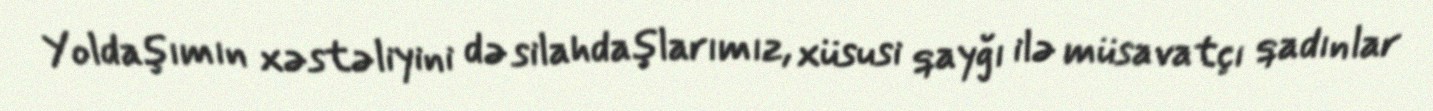
Yoldaşımın xəstəliyini də silahdaşlarımız, xüsusi qayğı ilə müsavatçı qadınlar